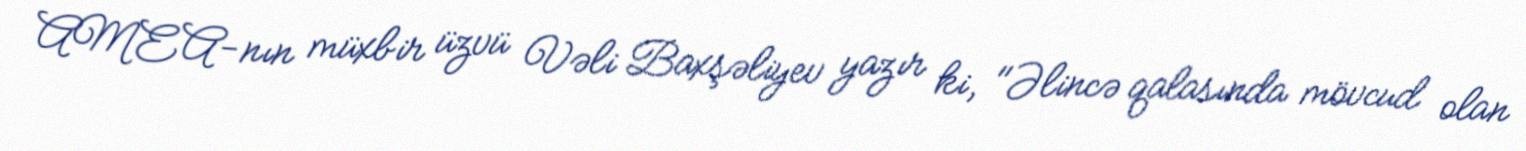
AMEA-nın müxbir üzvü Vəli Baxşəliyev yazır ki, "Əlincə qalasında mövcud olan